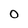
Character: O